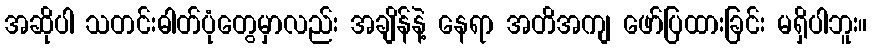
အဆိုပါ သတင်းဓါတ်ပုံတွေမှာလည်း အချိန်နဲ့ နေရာ အတိအကျ ဖော်ပြထားခြင်း မရှိပါဘူး။